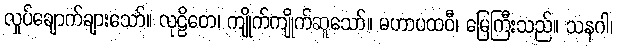
လှုပ်ချောက်ချားသော်။ လုဠိတေ၊ ကျိုက်ကျိုက်ဆူသော်။ မဟာပထဝီ၊ မြေကြီးသည်။ သနဂါ၊